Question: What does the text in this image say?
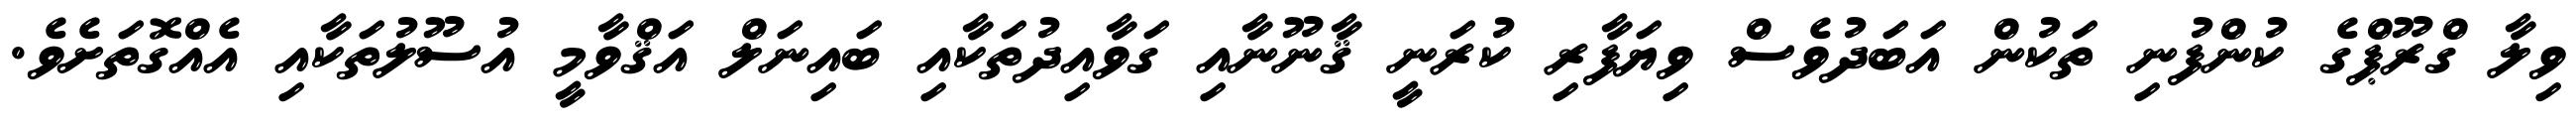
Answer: ވިލާ ގްރޫޕްގެ ކުންފުނި ތަކުން އަބަދުވެސް ވިޔަފާރި ކުރަނީ ޤާނޫނާއި ގަވާއިދުތަކާއި ބައިނަލް އަޤްވާމީ އުސޫލުތަކާއި އެއްގޮތަށެވެ.